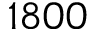
1 8 0 0